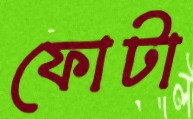
ফোটা